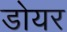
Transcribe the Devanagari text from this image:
डोयर